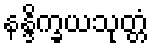
နန္ဒိက္ခယသုတ္တံ